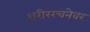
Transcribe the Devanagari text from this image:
शरीररचनेवर